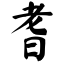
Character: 耆